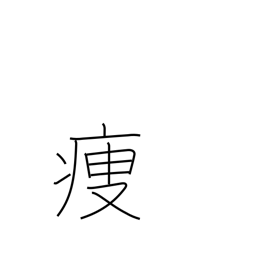
Meaning: get thin